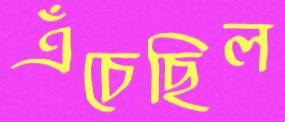
এঁচেছিল